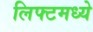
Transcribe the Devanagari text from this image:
लिफ्टमध्ये